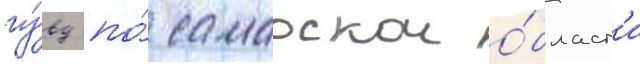
гу́вд по́ самарскои о́бласт'и